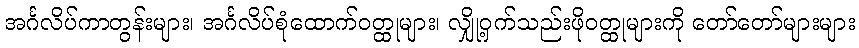
အင်္ဂလိပ်ကာတွန်းများ၊ အင်္ဂလိပ်စုံထောက်ဝတ္ထုများ၊ လျှို့ဝှက်သည်းဖိုဝတ္ထုများကို တော်တော်များများ